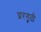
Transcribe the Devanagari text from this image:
घ्ररगुती